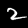
Label: 2